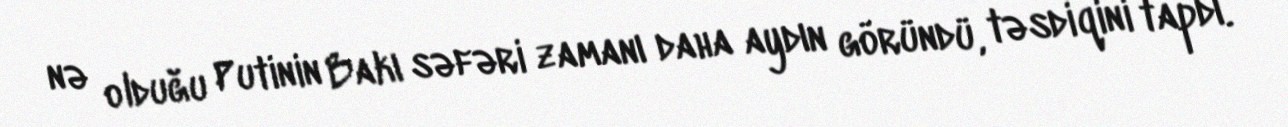
nə olduğu Putinin Bakı səfəri zamanı daha aydın göründü, təsdiqini tapdı.